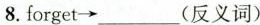
8.forget \rightarrow ___(反义词)